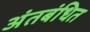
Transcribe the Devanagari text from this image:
अंतबंधित